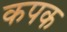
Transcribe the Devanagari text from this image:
कपक